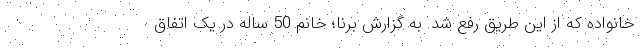
خانواده که از این طریق رفع شد. به گزارش برنا؛ خانم 50 ساله در یک اتفاق